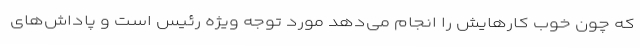
که چون خوب کارهایش را انجام می‌دهد مورد توجه ویژه رئیس است و پاداش‌های